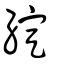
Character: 綻